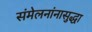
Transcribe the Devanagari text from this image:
संमेलनांनासुद्धा